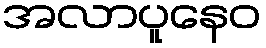
အလာပူနေဝ